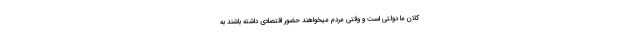
کلان ما دولتی است و وقتی مردم میخواهند حضور اقتصادی داشته باشند به